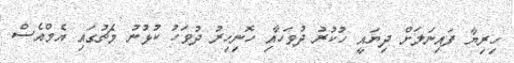
ހިރިޔާ ފައިނަލަށް ދިޔައީ ހުކުރު ދުވަހާއި ހޮނިހިރު ދުވަހު ކުޅުނު މެޗުގައި އެމްއެސް